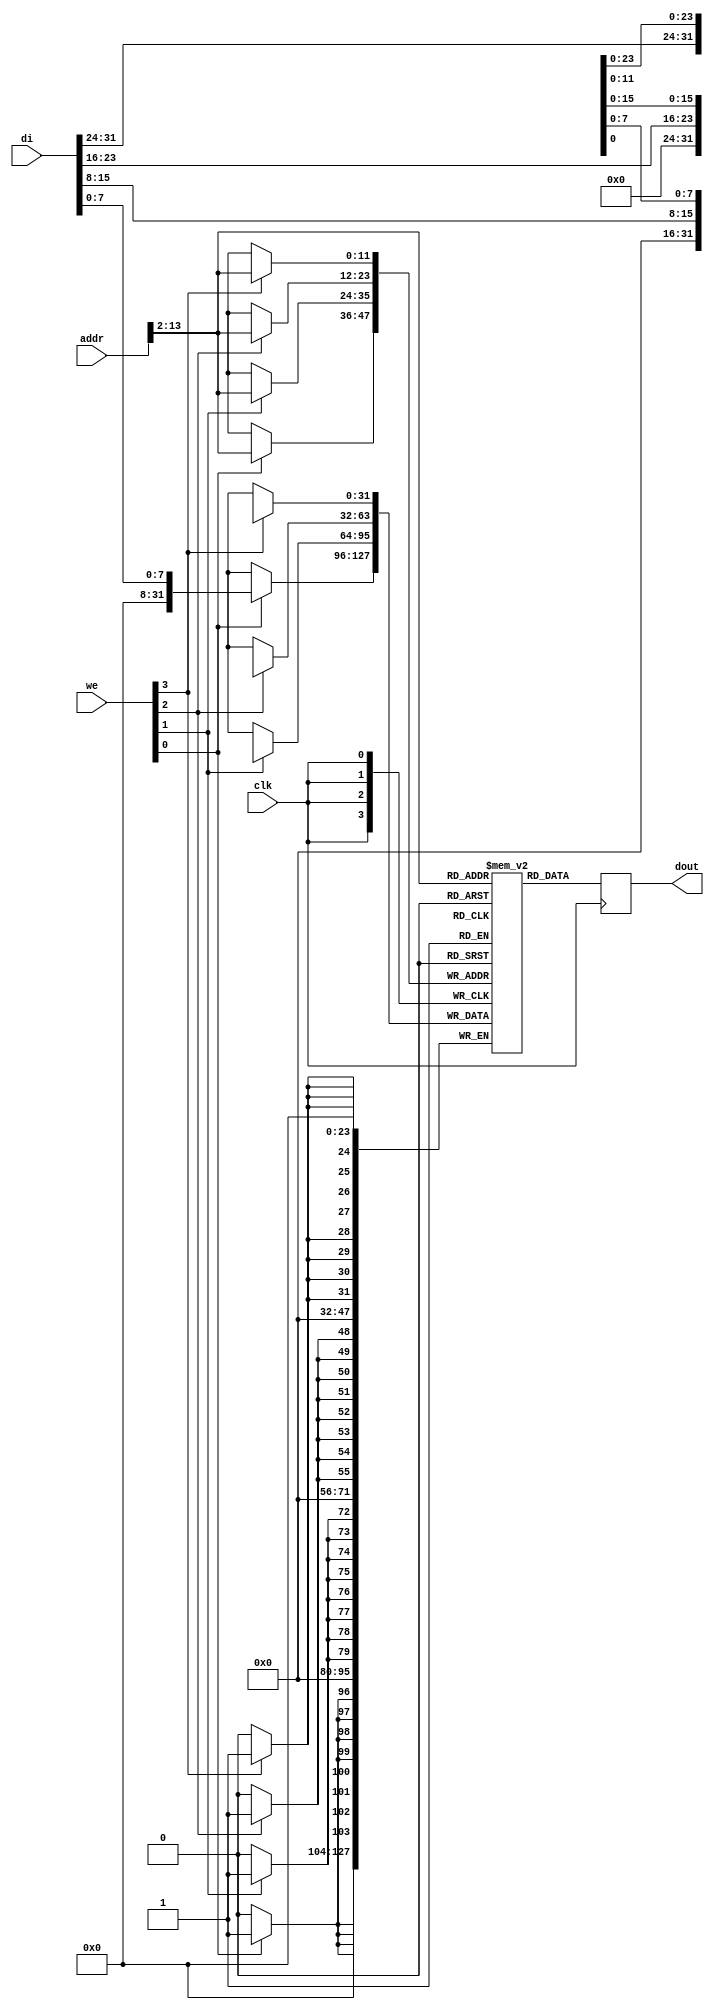
// Single-Port BRAM with Byte-wide Write Enable
// Read-First mode
// Single-process description
// Compact description of the write with a generate-for 
//   statement
// Column width and number of columns easily configurable
//
// bytewrite_ram_1b.v
//

module bytewrite_ram_1b (clk, we, addr, di, dout);

parameter MEM_INIT_FILE="";
parameter INIT_FILE_BIN=1;
parameter SIZE = 2**12; 
parameter ADDR_WIDTH = $clog2(SIZE*4); 
parameter COL_WIDTH = 8; 
parameter NB_COL = 4;

input clk;
input [NB_COL-1:0] we;
input [ADDR_WIDTH-1:0] addr;
input [NB_COL*COL_WIDTH-1:0] di;
output reg [NB_COL*COL_WIDTH-1:0] dout;

reg [NB_COL*COL_WIDTH-1:0] RAM [SIZE-1:0];

integer flen;
initial begin
    if (MEM_INIT_FILE != "") begin
        if   (INIT_FILE_BIN==1) $readmemb(MEM_INIT_FILE, RAM);
        else                    $readmemh(MEM_INIT_FILE, RAM);
    end
end

always @(posedge clk)
begin
    dout <= RAM[addr >> 2];
end

generate genvar i;
for (i = 0; i < NB_COL; i = i+1)
begin
always @(posedge clk)
begin
    if (we[i])
        RAM[addr >> 2][(i+1)*COL_WIDTH-1:i*COL_WIDTH] <= di[(i+1)*COL_WIDTH-1:i*COL_WIDTH];
    end 
end
endgenerate

endmodule